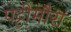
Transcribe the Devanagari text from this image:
पट्टीमौरा